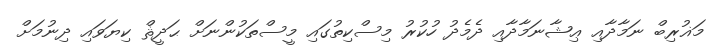
މަޣުރިބް ނަމާދާއި ޢިޝާނަމާދާއި ދެމެދު ހުކުރު މިސްކިތުގައި މީސްތަކުންނަށް ޙަދީޘް ކިޔަވައި ދިނުމަށް